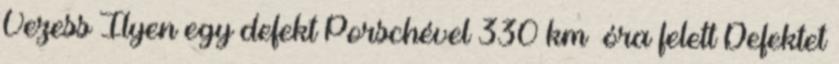
Vezess Ilyen egy defekt Porschével 330 km óra felett Defektet